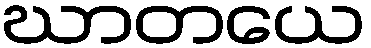
ဃာတယေ